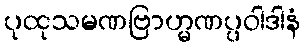
ပုထုသမဏဗြာဟ္မဏပ္ပဝါဒါနံ